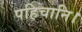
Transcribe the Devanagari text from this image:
पहिचानि।